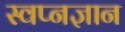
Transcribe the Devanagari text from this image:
स्वप्नज्ञान